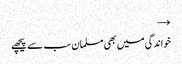
→
خواندگی میں بھی مسلمان سب سے پیچھے